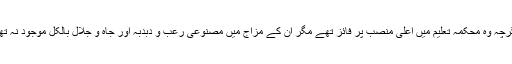
اگرچہ وہ محکمہ تعلیم میں اعلیٰ منصب پر فائز تھے مگر ان کے مزاج میں مصنوعی رعب و دبدبہ اور جاہ و جلال بالکل موجود نہ تھا۔